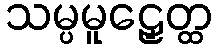
သမ္ပမူဠှေတ္ထ